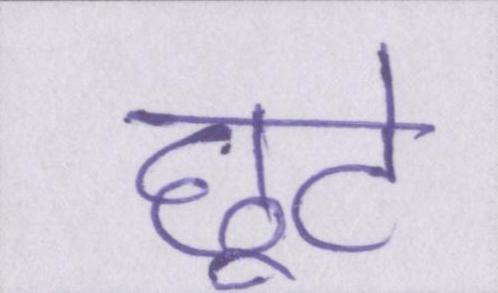
छूटे